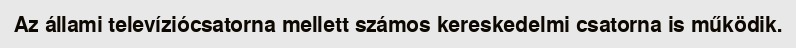
Az állami televíziócsatorna mellett számos kereskedelmi csatorna is működik.